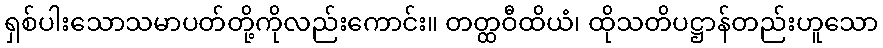
ရှစ်ပါးသောသမာပတ်တို့ကိုလည်းကောင်း။ တတ္ထဝီထိယံ၊ ထိုသတိပဋ္ဌာန်တည်းဟူသော